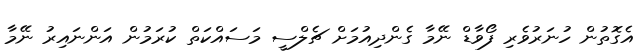
އެގޮތުން ހުނަރުވެރި ފޯވާޑް ނޭމާ ގެންދިއުމަށް ޗެލްސީ މަސައްކަތް ކުރަމުން އަންނައިރު ނޭމާ